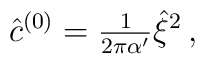
\hat{c}^{(0)}={\textstyle\frac{1}{2\pi\alpha^{\prime}}}\hat{\xi}^{2}\, ,